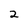
Character: 2